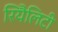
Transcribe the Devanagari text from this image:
रियैलिटी